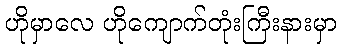
ဟိုမှာလေ ဟိုကျောက်တုံးကြီးနားမှာ